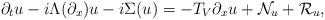
LaTeX: \begin{align*}\partial_t u - i \Lambda(\partial_x) u - i \Sigma(u) = - T_V \partial_x u + \mathcal{N}_u + \mathcal{R}_u,\end{align*}